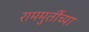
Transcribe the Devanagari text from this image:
राममुर्तीच्या